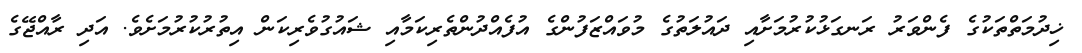
ޚިދުމަތްތަކުގެ ފެންވަރު ރަނގަޅުކުރުމަށާއި ދައުލަތުގެ މުވައްޒަފުންގެ އުފެއްދުންތެރިކަމާއި ޝައުގުވެރިކަން އިތުރުކުރުމަށެވެ. އަދި ރާއްޖޭގެ